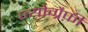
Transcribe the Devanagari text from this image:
ज्योग्रैफ़ी